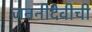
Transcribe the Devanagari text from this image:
जननीदेवीची